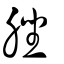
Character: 脞